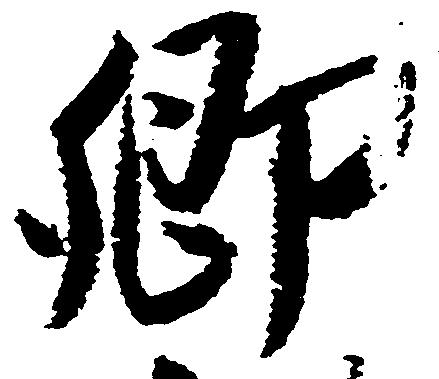
郷